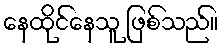
နေထိုင်နေသူ ဖြစ်သည်။